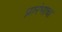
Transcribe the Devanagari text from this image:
प्रारंभाचा